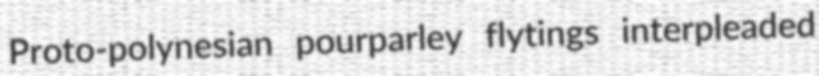
Proto-polynesian pourparley flytings interpleaded